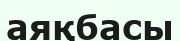
аяқбасы